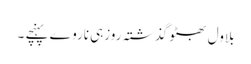
بلاول بھٹو گذشتہ روزہی ناروے پہنچے ۔